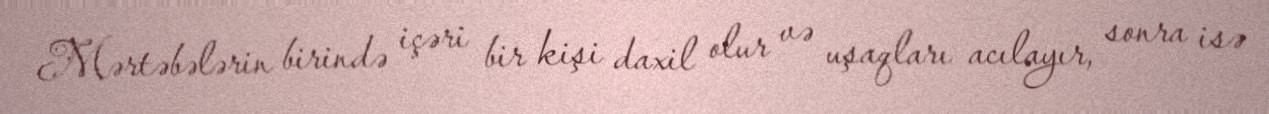
Mərtəbələrin birində içəri bir kişi daxil olur və uşaqları acılayır, sonra isə